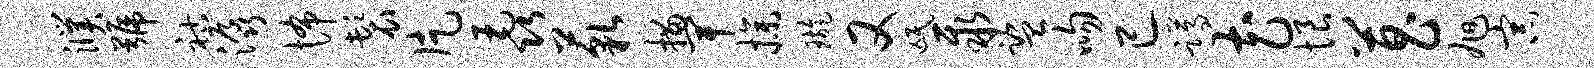
濮号祜潺怖鬟片毳藐描卑操璇又氓聚监吻已蹲花恨菖旭宗